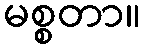
မစ္စတာ။